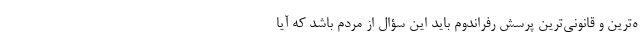
ه‌ترین و قانونی‌ترین پرسش رفراندوم باید این سؤال از مردم باشد که آیا